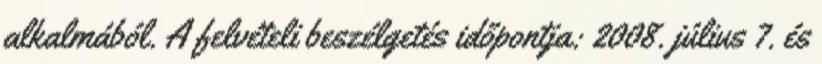
alkalmából. A felvételi beszélgetés időpontja: 2008. július 7. és